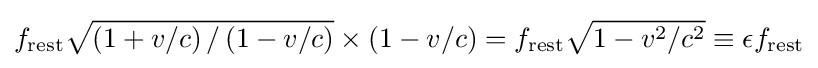
f_{\mathrm {rest} }{\sqrt {\left({1+v/c}\right)/\left({1-v/c}\right)}}\times \left(1-v/c\right)=f_{\mathrm {rest} }{\sqrt {1-v^{2}/c^{2}}}\equiv \epsilon f_{\mathrm {rest} }